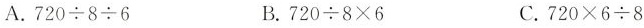
A.$$7 2 0 \div 8 \div 6$$ B.$$7 2 0 \div 8 \times 6$$ C.$$7 2 0 \times 6 \div 8$$